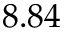
8 . 8 4